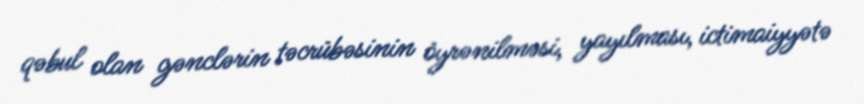
qəbul olan gənclərin təcrübəsinin öyrənilməsi, yayılması, ictimaiyyətə